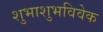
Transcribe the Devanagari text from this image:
शुभाशुभविवेक